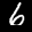
Label: 6